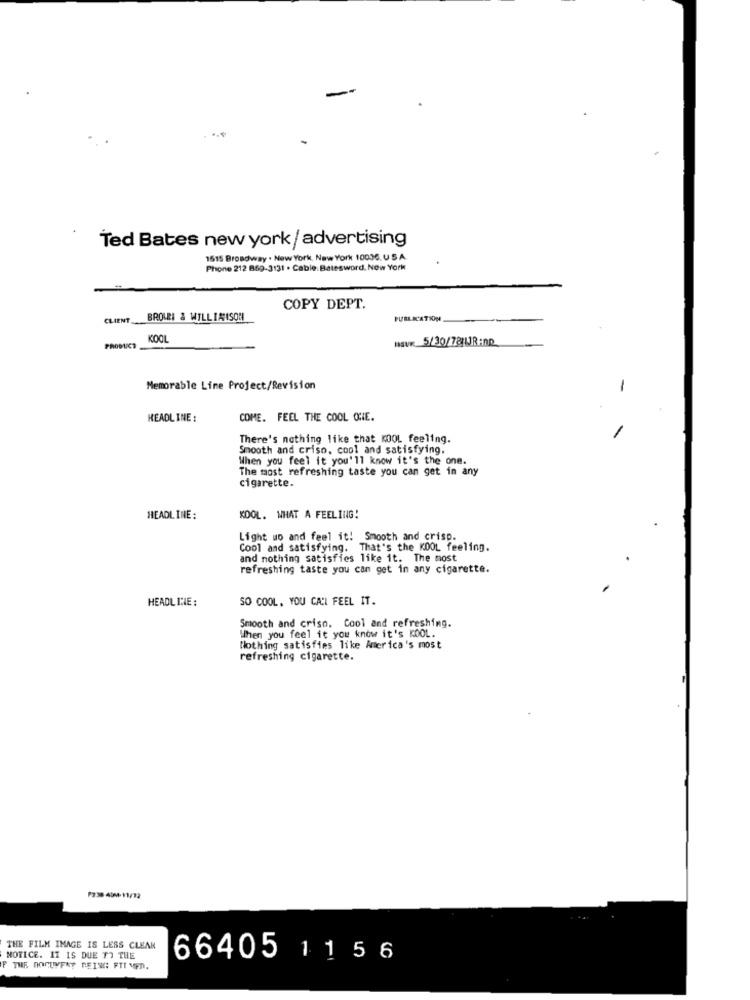
Ted Bates new york/ advertising
1615 Broadway . New York, New York 10036, U.S.A.
Phone 212 869-3131 . Cable: Batesword, New York
COPY DEPT.
CLIENT
BROUEE & WILLIAISON
PUBLICATION
KOOL
HsvR 5/30/78|JR:no
PRODUCT
Memorable Line Project/Revision
-
HEADLINE :
COME. FEEL THE COOL ONE.
There's nothing like that KOOL feeling.
Smooth and criso, cool and satisfying.
When you feel it you'll know it's the one.
The most refreshing taste you can get in any
cigarette.
HEADLINE:
KOOL. WHAT A FEELING!
Light wo and feel it! Smooth and crisp.
Cool and satisfying. That's the KOOL feeling.
and nothing satisfies like it. The most
refreshing taste you can get in any cigarette.
HEADLINE :
SO COOL. YOU CANI FEEL IT.
When you feel it you know it's KOOL.
Smooth and crisn. Cool and refreshing.
Nothing satisfies like America's most
refreshing cigarette.
THE FILM IMAGE IS LESS CLEAN
NOTICE. IT IS DUE TO THE
66405 11 5 6